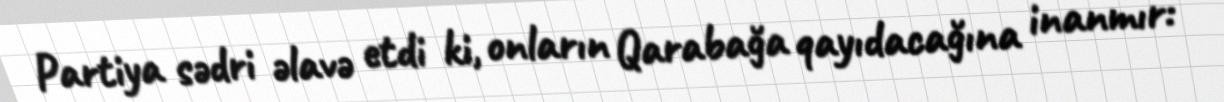
Partiya sədri əlavə etdi ki, onların Qarabağa qayıdacağına inanmır: